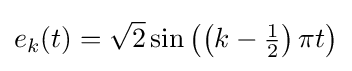
e_{k}(t)={\sqrt {2}}\sin \left(\left(k-{\tfrac {1}{2}}\right)\pi t\right)